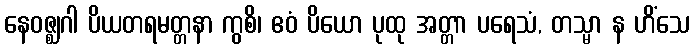
နေဝဇ္ဈဂါ ပိယတရမတ္တနာ ကွစိ၊ ဧဝံ ပိယော ပုထု အတ္တာ ပရေသံ, တသ္မာ န ဟိံသေ